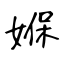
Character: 媬